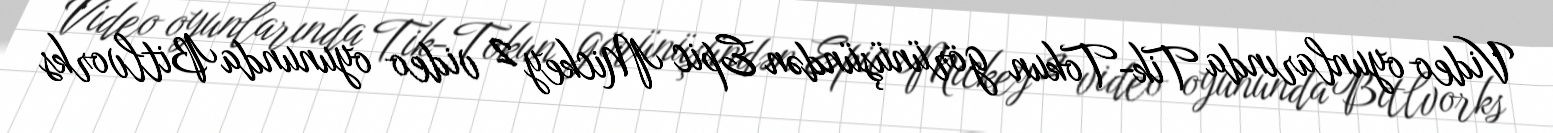
Video oyunlarında Tik-Tokun görünüşündən Epic Mickey 2 video oyununda Bitlvorks